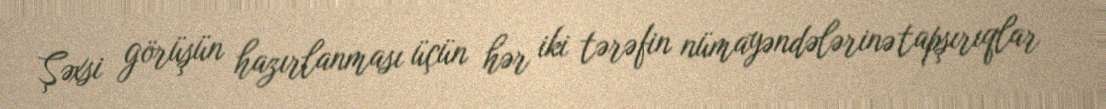
Şəxsi görüşün hazırlanması üçün hər iki tərəfin nümayəndələrinə tapşırıqlar